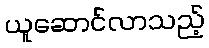
ယူဆောင်လာသည့်